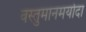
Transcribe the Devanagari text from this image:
वस्तुमानमर्यादा